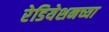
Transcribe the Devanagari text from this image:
रेडियेशनच्या